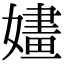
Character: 嫿